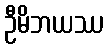
ဦမိဘယဿ